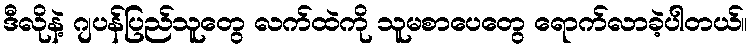
ဒီလိုနဲ့ ဂျပန်ပြည်သူတွေ လက်ထဲကို သူမစာပေတွေ ရောက်လာခဲ့ပါတယ်။